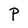
Character: P